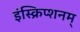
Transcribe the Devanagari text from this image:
इंस्क्रिप्शनम्